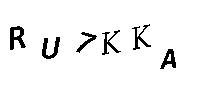
RU7KKA